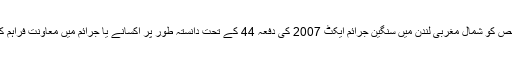
میٹرو پولیٹن پولیس نے اپنے ایک بیان میں بتایا کہ60 سالہ شخص کو شمال مغربی لندن میں سنگین جرائم ایکٹ 2007 کی دفعہ 44 کے تحت دانستہ طور پر اکسانے یا جرائم میں معاونت فراہم کرنے کے شبے میں گرفتار کیا گیا اور تعلق پاکستان سے ہے ۔